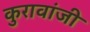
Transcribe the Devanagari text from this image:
कुरावांजी